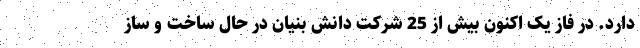
دارد. در فاز یک اکنون بیش از 25 شرکت دانش بنیان در حال ساخت و ساز